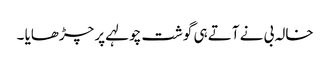
خالہ بی نے آتے ہی گوشت چولہے پر چڑھایا ۔